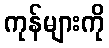
ကုန်များကို